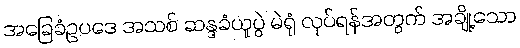
အခြေခံဥပဒေ အသစ် ဆန္ဒခံယူပွဲ မဲရုံ လုပ်ရန်အတွက် အချို့သော